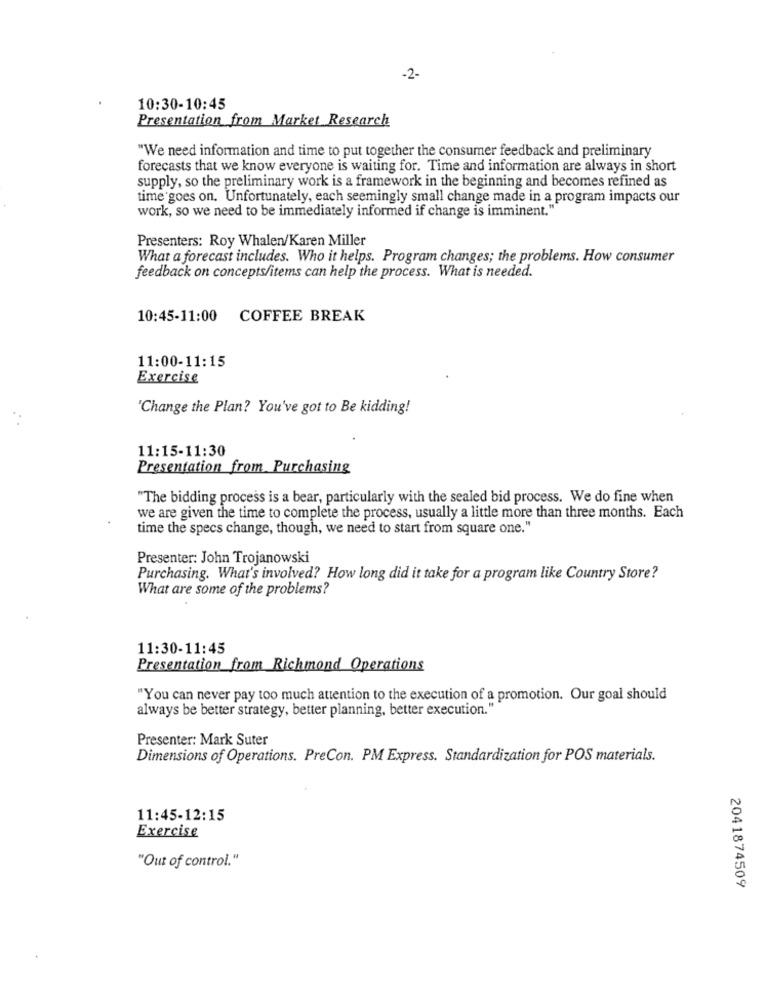
-2-
10:30-10:45
Presentation from Market Research
"We need information and time to put together the consumer feedback and preliminary
forecasts that we know everyone is waiting for. Time and information are always in short
supply, so the preliminary work is a framework in the beginning and becomes refined as
time goes on. Unfortunately, each seemingly small change made in a program impacts our
work, so we need to be immediately informed if change is imminent."
Presenters: Roy Whalen/Karen Miller
What a forecast includes. Who it helps. Program changes; the problems. How consumer
feedback on concepts/items can help the process. What is needed.
10:45-11:00 COFFEE BREAK
11:00-11:15
Exercise
'Change the Plan? You've got to Be kidding!
11:15-11:30
Presentation from Purchasing
"The bidding process is a bear, particularly with the sealed bid process. We do fine when
we are given the time to complete the process, usually a little more than three months. Each
time the specs change, though, we need to start from square one."
Presenter: John Trojanowski
Purchasing. What's involved? How long did it take for a program like Country Store?
What are some of the problems?
11:30-11:45
Presentation from Richmond Operations
"You can never pay too much attention to the execution of a promotion. Our goal should
always be better strategy, better planning, better execution."
Presenter: Mark Suter
Dimensions of Operations. PreCon. PM Express. Standardization for POS materials.
11:45-12:15
Exercise
"Out of control."
2041874509